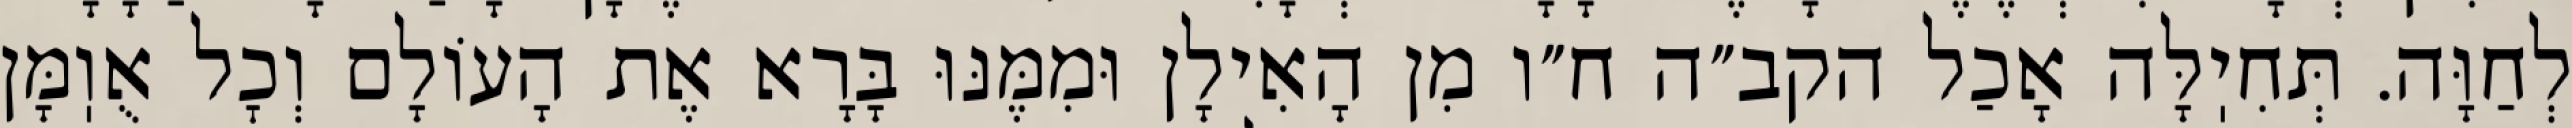
לְחַוָּה. תְּחִיֽלָּה אָכַל הקב״ה ח״ו מִן הָאִילָן וּמִמֶּנּוּ בָּרָא אֶת הָעוֹלָם וְכׇל אֻוֽמָּן